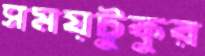
সময়টুকুর